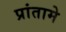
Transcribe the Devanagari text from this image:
प्रांतामे